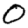
Digit: 0